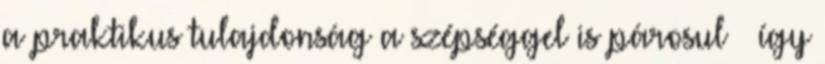
a praktikus tulajdonság a szépséggel is párosul – így